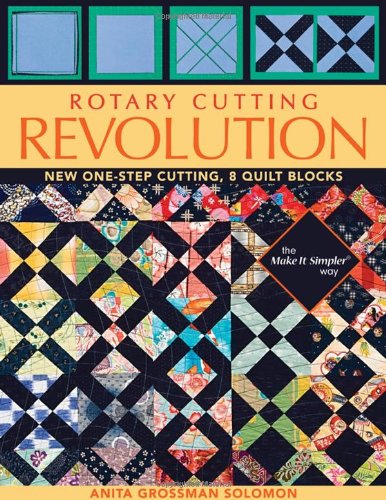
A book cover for Rotary Cutting Revolution: New One-Step Cutting, 8 Quilt Blocks; Anita Grossman Solomon; Crafts, Hobbies & Home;